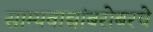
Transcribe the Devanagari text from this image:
साम्यवाद्यांबरोबरचे